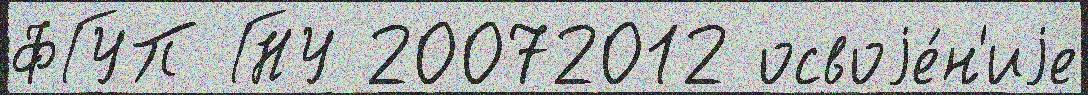
ФГУП ГНУ 20072012 освоjе́н'иjе